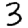
Digit: 3